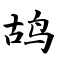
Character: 鸪